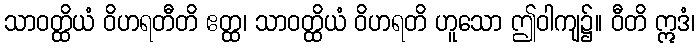
သာဝတ္ထိယံ ဝိဟရတီတိ ဧတ္ထ၊ သာဝတ္ထိယံ ဝိဟရတိ ဟူသော ဤဝါကျ၌။ ဝီတိ ဣဒံ၊